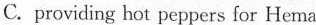
C. providing hot peppers for He ma